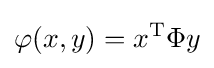
\varphi (x,y)=x^{\mathrm {T} }\Phi y